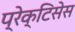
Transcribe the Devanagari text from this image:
प्रेक्टिसेस